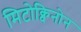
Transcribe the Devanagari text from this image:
मिटोक्विनोन